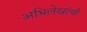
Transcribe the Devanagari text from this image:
अभिलेखांची